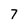
Character: 7